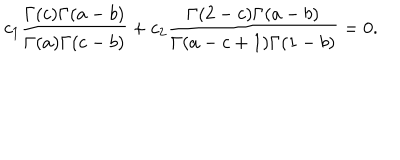
LaTeX: c _ { 1 } \frac { \Gamma ( c ) \Gamma ( a - b ) } { \Gamma ( a ) \Gamma ( c - b ) } + c _ { 2 } \frac { \Gamma ( 2 - c ) \Gamma ( a - b ) } { \Gamma ( a - c + 1 ) \Gamma ( 1 - b ) } = 0 .